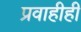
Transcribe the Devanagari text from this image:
प्रवाहीही